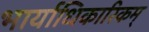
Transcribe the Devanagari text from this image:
भार्याधिकारिकम्